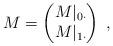
LaTeX: \begin{align*}M=\begin{pmatrix}M\rvert_{0\cdot}\\M\rvert_{1\cdot}\end{pmatrix}\;,\end{align*}